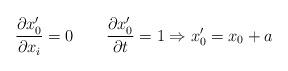
LaTeX: \begin{align*}{\partial x^{\prime}_{0}\over\partial x_{i} } = 0\qquad {\partial x^{\prime}_{0}\over\partial t}= 1 \Rightarrow x^{\prime}_{0} = x_{0} +a\end{align*}